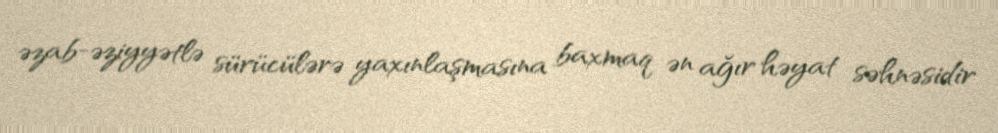
əzab-əziyyətlə sürücülərə yaxınlaşmasına baxmaq ən ağır həyat səhnəsidir